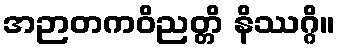
အဉာတကဝိညတ္တိ နိဿဂ္ဂိ။